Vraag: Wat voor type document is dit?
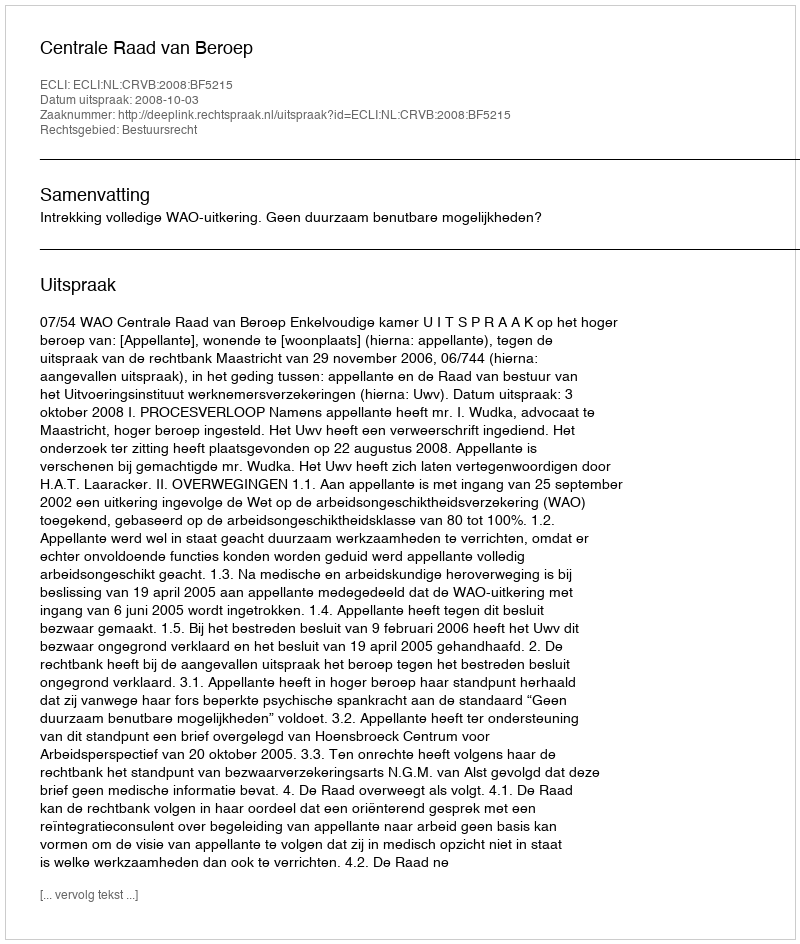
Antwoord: Uitspraak